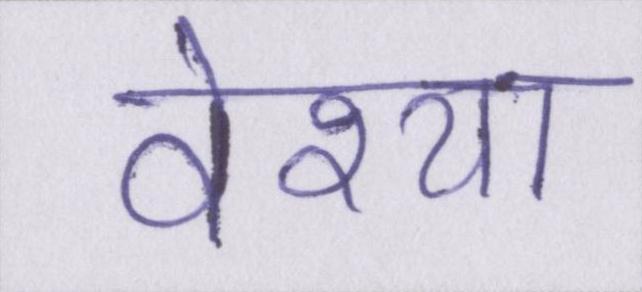
वेश्या